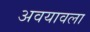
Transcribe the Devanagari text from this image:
अवयावला